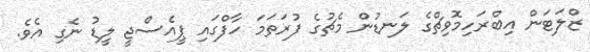
ޒްލަޓަން އިބްރަހިމޮވިޗްގެ ލަނޑުން މެޗުގެ ފުރަތަމަ ހާފްގައި ޕީއެސްޖީ ލީޑު ނެގި އެވެ.